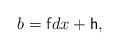
LaTeX: \begin{align*}b=\mathsf{f}dx+\mathsf{h},\end{align*}